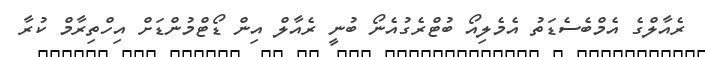
ރެއާލްގެ އެމްބެސެޑަތު އެމެލިއޯ ބުޓްރެގުއެނޯ ބުނީ ރެއާލް އިން ޑޯޓްމުންޑަށް އިހްތިރާމް ކުރާ